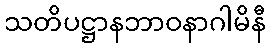
သတိပဋ္ဌာနဘာဝနာဂါမိနီ